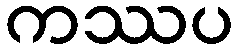
ကဿပ